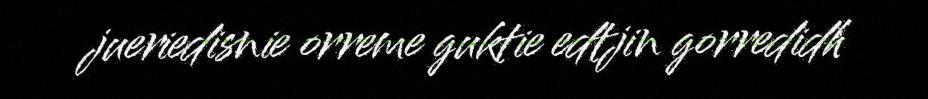
jueriedisnie orreme guktie edtjin gorredidh